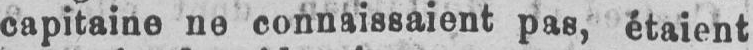
capitaine ne connaissaient pas, étaient